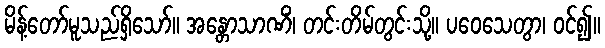
မိန့်တော်မူသည်ရှိသော်။ အန္တောသာဏိံ၊ တင်းတိမ်တွင်းသို့။ ပဝေသေတွာ၊ ဝင်၍။